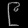
Digit: ၉